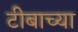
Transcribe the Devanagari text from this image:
टीबाच्या